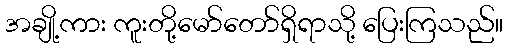
အချို့ကား ကူးတို့မော်တော်ရှိရာသို့ ပြေးကြသည်။